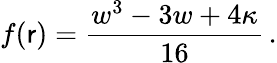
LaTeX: f(\mathsf{r})=\frac{{w^{3}-3w+4\kappa}}{{16}}\, .